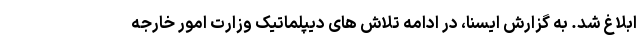
ابلاغ شد. به گزارش ایسنا، در ادامه تلاش های دیپلماتیک وزارت امور خارجه